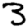
Digit: 3